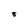
Character: 8